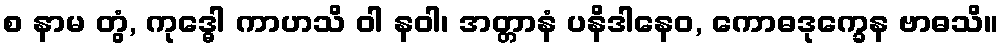
စ နာမ တွံ, ကုဒ္ဓေါ ကာဟသိ ဝါ နဝါ၊ အတ္တာနံ ပနိဒါနေဝ, ကောဓဒုက္ခေန ဗာဓသိ။